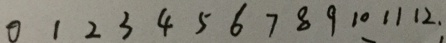
0 1 2 3 4 5 6 7 8 9 1 0 1 1 1 2 ,